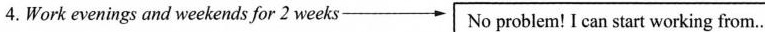
4.Work evenings and weekends for 2 weeks\rightarrow No problem! I can start working from…